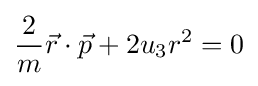
{\frac {2}{m}}{\vec {r}}\cdot {\vec {p}}+2u_{3}r^{2}=0